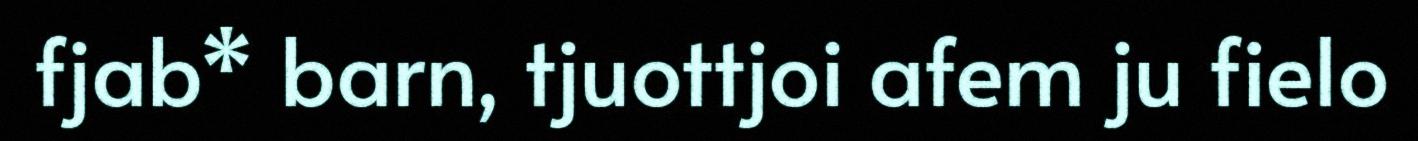
fjab* barn, tjuottjoi afem ju fielo